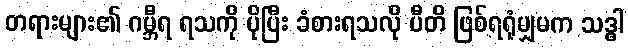
တရားများ၏ ဂမ္ဘီရ ရသကို ပိုပြီး ခံစားရသလို ပီတိ ဖြစ်ရရုံမျှမက သဒ္ဓါ